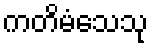
ကတိမံသေသု